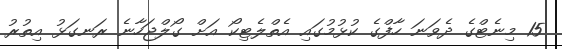
15 މިނެޓްގެ ދެވަނަ ހާފްގެ ކުޅުމުގައި އެތްލެޓިކޯ އަށް ގޯލްޖަހާނެ ރަނގަޅު އިތުރު